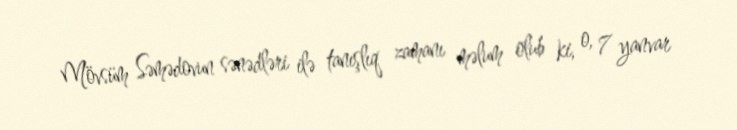
Mövsüm Səmədovun sənədləri ilə tanışlıq zamanı məlum olub ki, o, 7 yanvar